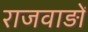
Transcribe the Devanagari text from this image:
राजवाड़ों